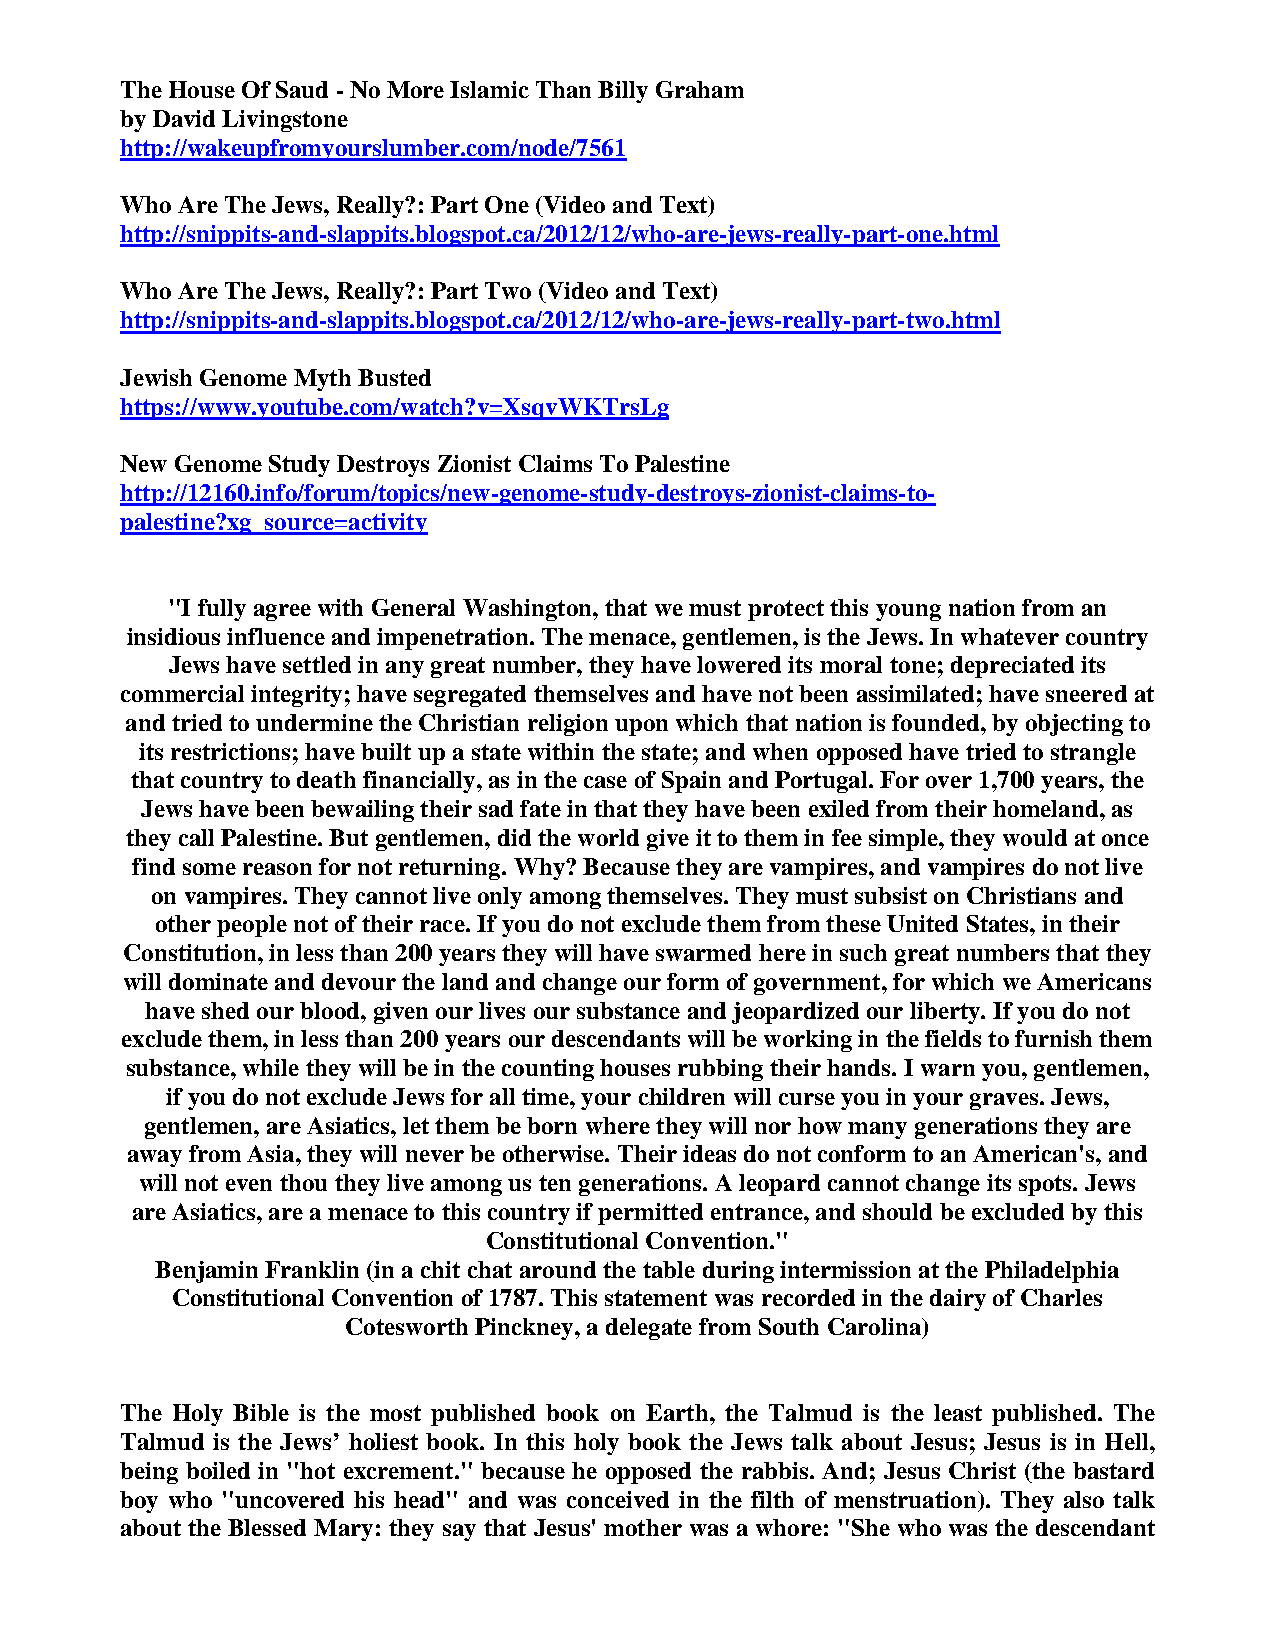
The House Of Saud - No More Islamic Than Billy Graham
 by David Livingstone
 http://wakeupfromyourslumber.com/node/7561
 Who Are The Jews, Really?: Part One (Video and Text)
 http://snippits-and-slappits.blogspot.ca/2012/12/who-are-jews-really-part-one.html
 Who Are The Jews, Really?: Part Two (Video and Text)
 http://snippits-and-slappits.blogspot.ca/2012/12/who-are-jews-really-part-two.html
 Jewish Genome Myth Busted
 https://www.youtube.com/watch?v=XsqvWKTrsLg
 New Genome Study Destroys Zionist Claims To Palestine
 http://12160.info/forum/topics/new-genome-study-destroys-zionist-claims-to-
 palestine?xg_source=activity
 "I fully agree with General Washington, that we must protect this young nation from an
 insidious influence and impenetration. The menace, gentlemen, is the Jews. In whatever country
 Jews have settled in any great number, they have lowered its moral tone; depreciated its
 commercial integrity; have segregated themselves and have not been assimilated; have sneered at
 and tried to undermine the Christian religion upon which that nation is founded, by objecting to
 its restrictions; have built up a state within the state; and when opposed have tried to strangle
 that country to death financially, as in the case of Spain and Portugal. For over 1,700 years, the
 Jews have been bewailing their sad fate in that they have been exiled from their homeland, as
 they call Palestine. But gentlemen, did the world give it to them in fee simple, they would at once
 find some reason for not returning. Why? Because they are vampires, and vampires do not live
 on vampires. They cannot live only among themselves. They must subsist on Christians and
 other people not of their race. If you do not exclude them from these United States, in their
 Constitution, in less than 200 years they will have swarmed here in such great numbers that they
 will dominate and devour the land and change our form of government, for which we Americans
 have shed our blood, given our lives our substance and jeopardized our liberty. If you do not
 exclude them, in less than 200 years our descendants will be working in the fields to furnish them
 substance, while they will be in the counting houses rubbing their hands. I warn you, gentlemen,
 if you do not exclude Jews for all time, your children will curse you in your graves. Jews,
 gentlemen, are Asiatics, let them be born where they will nor how many generations they are
 away from Asia, they will never be otherwise. Their ideas do not conform to an American's, and
 will not even thou they live among us ten generations. A leopard cannot change its spots. Jews
 are Asiatics, are a menace to this country if permitted entrance, and should be excluded by this
 Constitutional Convention."
 Benjamin Franklin (in a chit chat around the table during intermission at the Philadelphia
 Constitutional Convention of 1787. This statement was recorded in the dairy of Charles
 Cotesworth Pinckney, a delegate from South Carolina)
 The Holy Bible is the most published book on Earth, the Talmud is the least published. The
 Talmud is the Jews’ holiest book. In this holy book the Jews talk about Jesus; Jesus is in Hell,
 being boiled in "hot excrement." because he opposed the rabbis. And; Jesus Christ (the bastard
 boy who "uncovered his head" and was conceived in the filth of menstruation). They also talk
 about the Blessed Mary: they say that Jesus' mother was a whore: "She who was the descendant